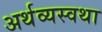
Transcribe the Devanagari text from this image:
अर्थव्यस्वथा